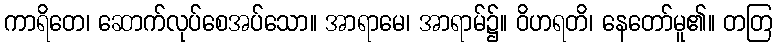
ကာရိတေ၊ ဆောက်လုပ်စေအပ်သော။ အာရာမေ၊ အာရာမ်၌။ ဝိဟရတိ၊ နေတော်မူ၏။ တတြ